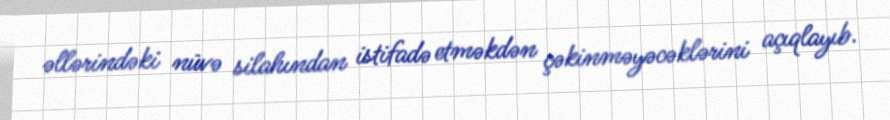
əllərindəki nüvə silahından istifadə etməkdən çəkinməyəcəklərini açıqlayıb.